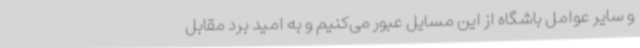
و سایر عوامل باشگاه از این مسایل عبور می‌کنیم و به امید برد مقابل